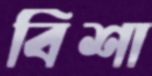
বিশা